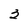
Character: 3